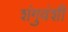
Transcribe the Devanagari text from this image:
शंगुवंशी